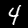
Digit: 4